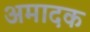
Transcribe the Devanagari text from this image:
अमादक